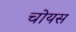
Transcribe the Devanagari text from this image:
चोयस